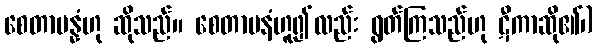
စေတာပန္နံဟု ဆိုသည်။ စေတာပနံဟူ၍လည်း ရွတ်ကြသည်ဟု ဋီကာဆို၏၊)